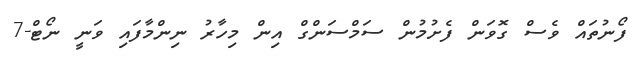
ފޯނުތައް ވެސް ގޮވަން ފެށުމުން ސަމްސަންގް އިން މިހާރު ނިންމާފައި ވަނީ ނޯޓް-7